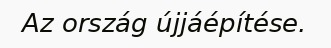
Az ország újjáépítése.